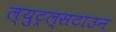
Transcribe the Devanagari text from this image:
ल्युट्रल्सटाउन